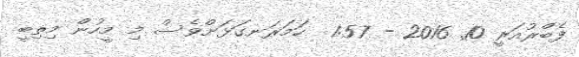
ފެބްރުއަރީ 10